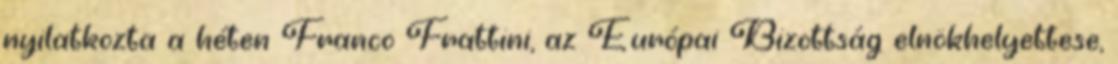
nyilatkozta a héten Franco Frattini, az Európai Bizottság elnökhelyettese,